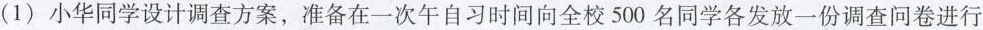
( 1 ) 小华同学设计调查方案，准备在一次午自习时间向全校 500 名同学各发放一份调查问卷进行